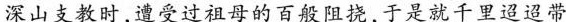
深山支教时，遭受过祖母的百般阻挠，于是就千里迢迢带